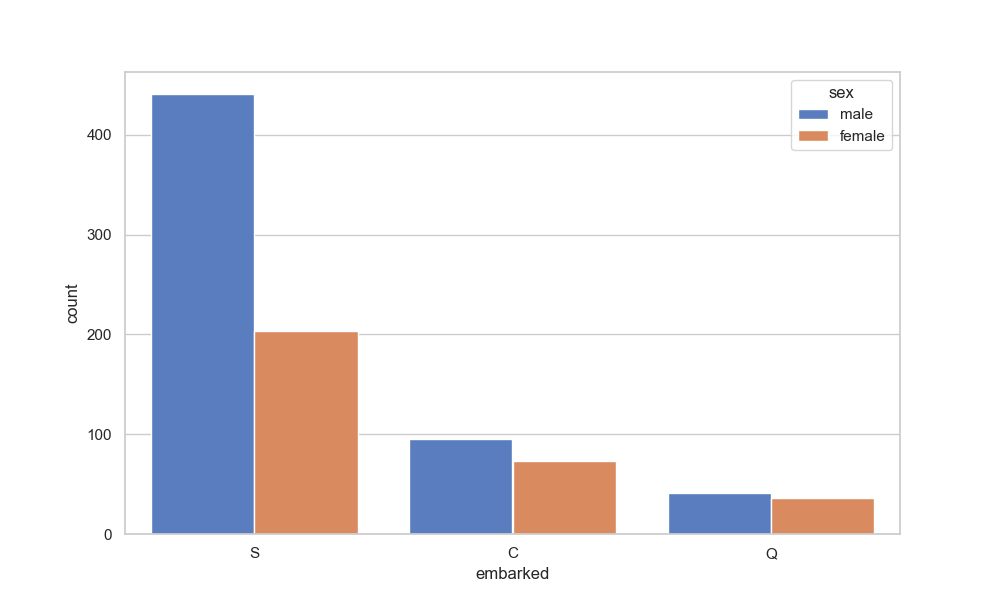
python, seaborn, countplot, x='embarked', palette='muted', hue='sex'